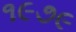
૧૯૭૯